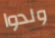
ولدوا